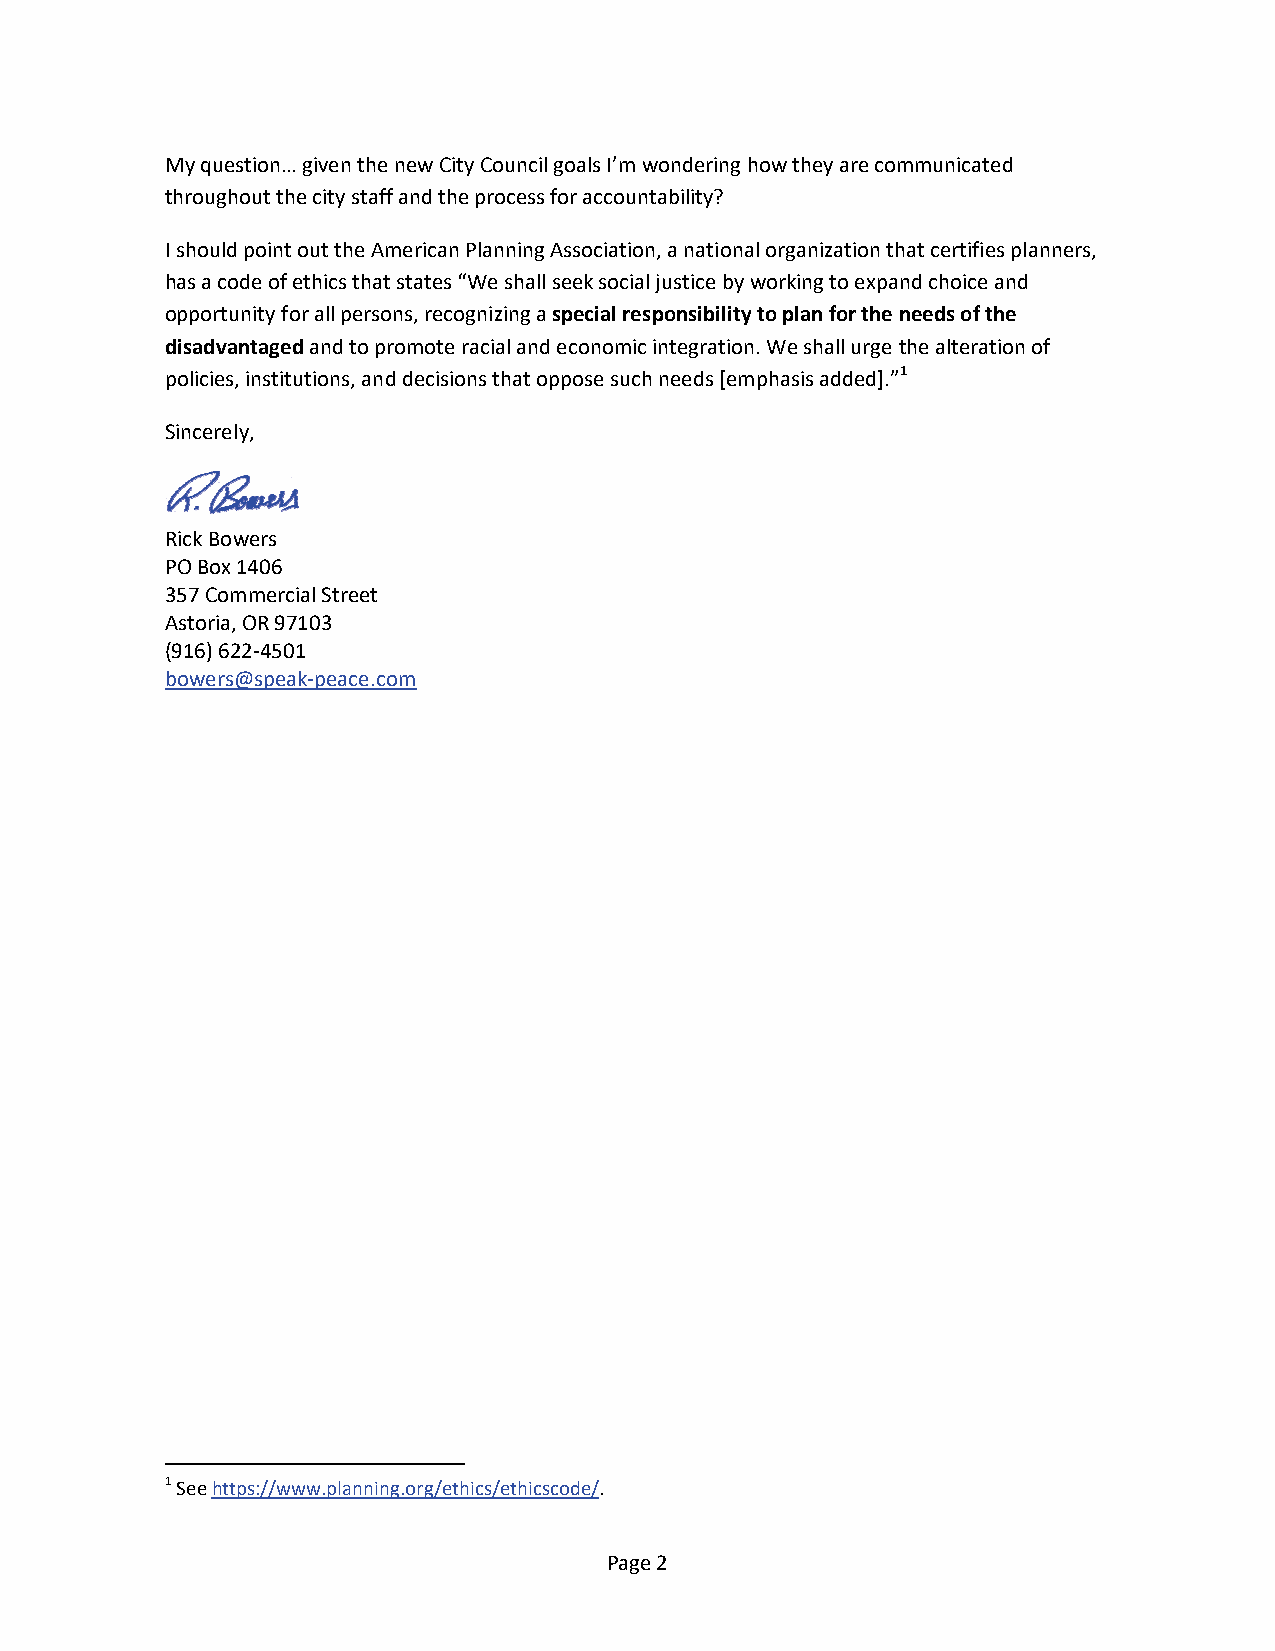
My question… given the new City Council goals I’m wondering how they are communicated
 throughout the city staff and the process for accountability?
 I should point out the American Planning Association, a national organization that certifies planners,
 has a code of ethics that states “We shall seek social justice by working to expand choice and
 opportunity for all persons, recognizing a special responsibility to plan for the needs of the
 disadvantaged and to promote racial and economic integration. We shall urge the alteration of
 policies, institutions, and decisions that oppose such needs [emphasis added].”1
 Sincerely,
 Rick Bowers
 PO Box 1406
 357 Commercial Street
 Astoria, OR 97103
 (916) 622-4501
 bowers@speak-peace.com
 1 See https://www.planning.org/ethics/ethicscode/.
 Page 2